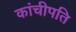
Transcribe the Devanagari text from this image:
कांचीपति